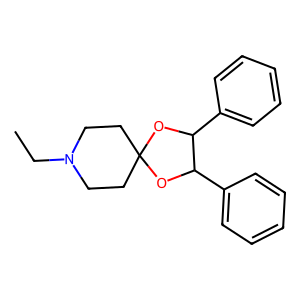
SMILES: CCN1CCC2(CC1)OC(c1ccccc1)C(c1ccccc1)O2
Inhibits HIV replication: No